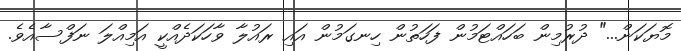
މޮޔަކަން..." ދުރުމިން ބަހައްޓަމުން ފަހަތުން ހިނގަމުން އައި ރައުލާ ވާހަކަދެއްކީ އަމިއްލަ ނަފްސާއެވެ.